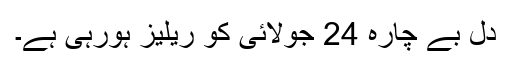
دل بے چارہ 24 جولائی کو ریلیز ہورہی ہے۔